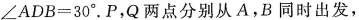
$$∠ A D B = 3 0 °$$。P，Q两点分别从A，B同时出发，